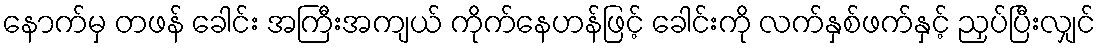
နောက်မှ တဖန် ခေါင်း အကြီးအကျယ် ကိုက်နေဟန်ဖြင့် ခေါင်းကို လက်နှစ်ဖက်နှင့် ညှပ်ပြီးလျှင်